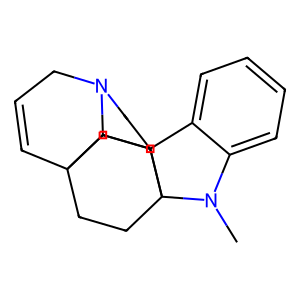
SMILES: CN1c2ccccc2C23CCN4CC=CC5(CCC12CC5)C43
Inhibits HIV replication: No